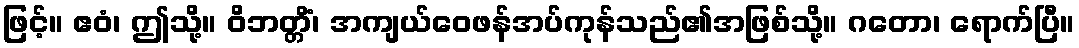
ဖြင့်။ ဧဝံ၊ ဤသို့။ ဝိဘတ္တိံ၊ အကျယ်ဝေဖန်အပ်ကုန်သည်၏အဖြစ်သို့။ ဂတော၊ ရောက်ပြီ။